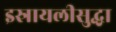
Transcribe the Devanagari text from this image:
इस्रायलीसुद्धा